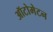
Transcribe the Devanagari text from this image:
ऑटोमेटन